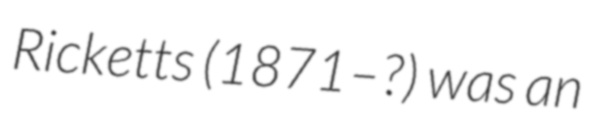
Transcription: Ricketts (1871–?) was an